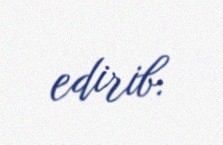
edirib.